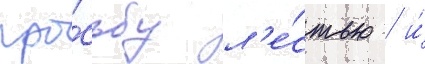
про́сьбу л'е́стью / и́